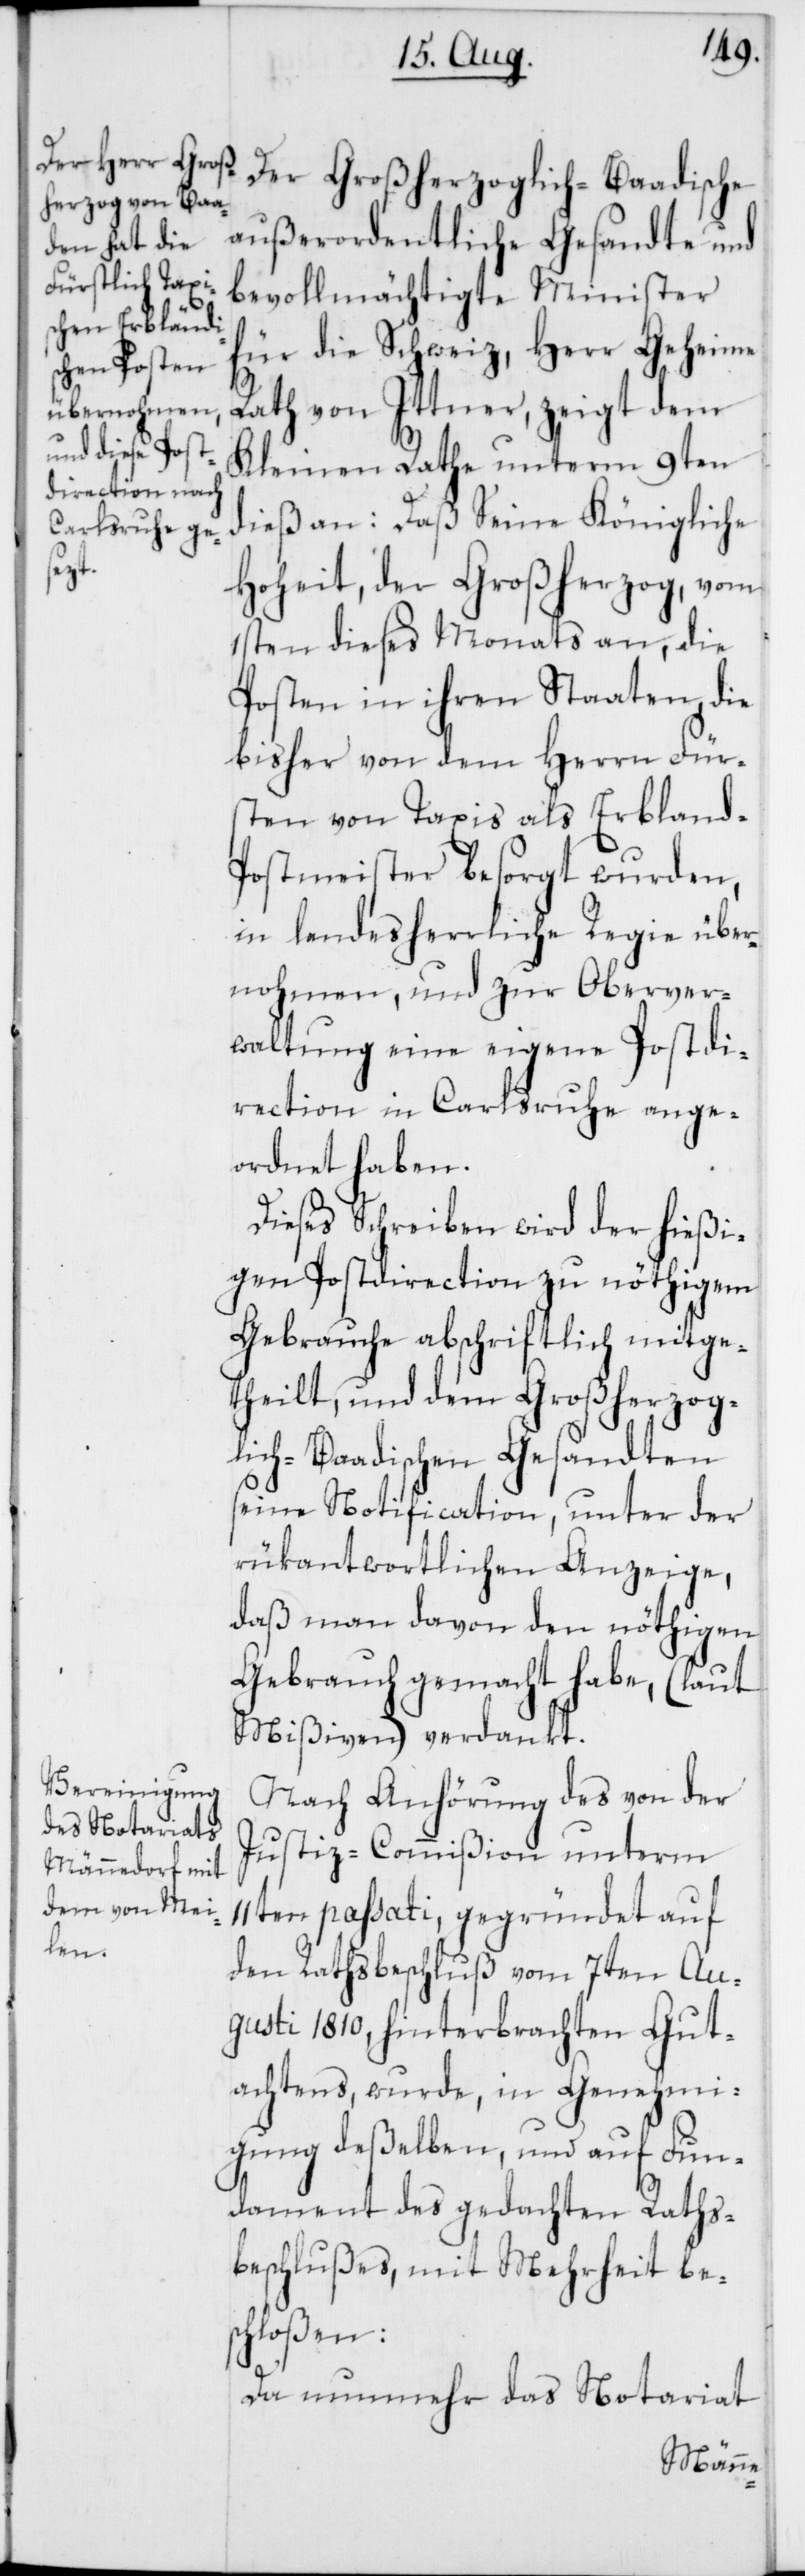
Der Großherzoglich-Baadische
außerordentliche Gesandte und
bevollmächtigte Minister
für die Schweiz, Herr Geheime
Rath von Ittner, zeigt dem
Kleinen Rathe unterm 9ten
dieß an: Daß Seine Königliche
Hoheit, der Großherzog, vom
1sten dieses Monats an, die
Posten in ihren Staaten, die
bisher von dem Herrn Für¬
sten von Taxis als Erbland-P¬
ostmeister besorgt wurden,
in landesherrliche Regie über¬
nohmen, und zur Oberver¬
waltrung eine eigene Postdi¬
rection in Carlsruhe ange¬
ordnet haben.
Dieses Schreiben wird der hießi¬
gen Postdirection zu nöthigem
Gebrauche abschriftlich mitge¬
theilt, und dem Großherzog¬
lich-Baadischen Gesandten
seine Notification, unter der
rükantwortlichen Anzeige,
daß man davon den nöthigen
Gebrauch gemacht habe, (laut
Mißiven) verdankt.
Nach Anhörung des von der
Justiz-Commißion unterm
11ten passati, gegründet auf
den Rathsbeschluß vom 7ten Au¬
gusti 1810, hinterbrachten Gut¬
achtens, wurde, in Genehmi¬
gung deßelben, und auf Fun¬
dament des gedachten Raths¬
beschlußes, mit Mehrheit be¬
schloßen:
Da nunmehr das Notariat